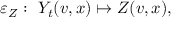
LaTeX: \varepsilon _ { Z } : \ Y _ { t } ( v , x ) \mapsto Z ( v , x ) ,